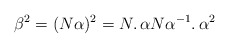
\begin{align*}\beta^{2}= (N \alpha)^{2}=N\ldotp \alpha N\alpha^{-1}\ldotp \alpha^2\end{align*}